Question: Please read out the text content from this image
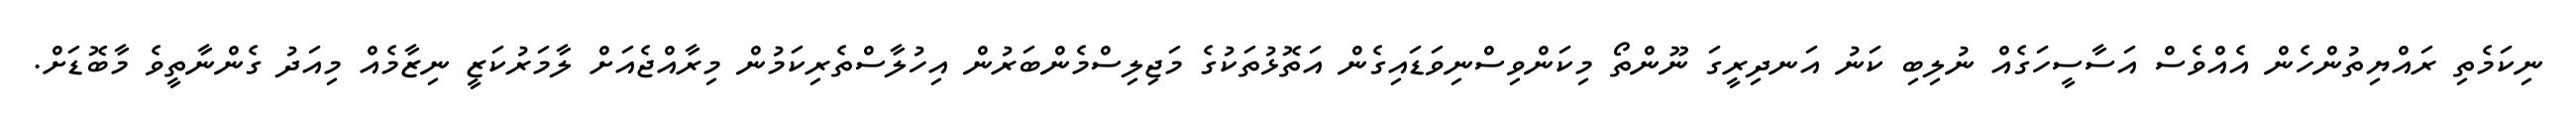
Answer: ނިކަމެތި ރައްޔިތުންހެން އެއްވެސް އަސާސީހަގެއް ނުލިބި ކަނު އަނދިރީގަ ނޫންތޯ މިކަންވިސްނިވަޑައިގެން އަތޮޅުތަކުގެ މަޖިލިސްމެންބަރުން އިހުލާސްތެރިކަމުން މިރާއްޖެއަށް ލާމަރުކަޒީ ނިޒާމެއް މިއަދު ގެންނާތީވެ މާބޮޑަށް.